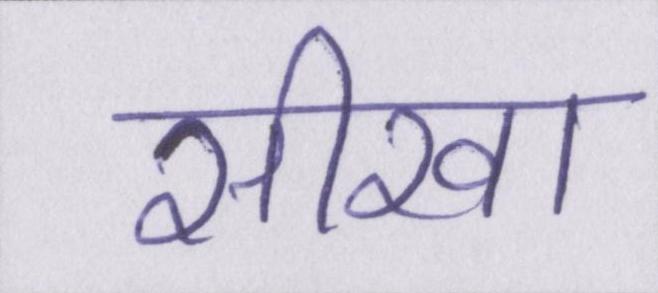
सीखा